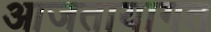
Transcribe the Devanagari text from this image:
आजतायागत